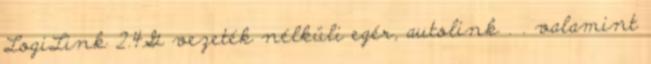
LogiLink 2.4G vezeték nélküli egér, autolink . . valamint